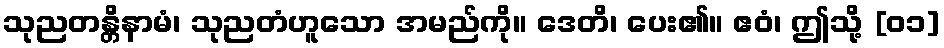
သုညတန္တိနာမံ၊ သုညတံဟူသော အမည်ကို။ ဒေတိ၊ ပေး၏။ ဧဝံ၊ ဤသို့ [၀၁]